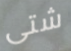
شتى